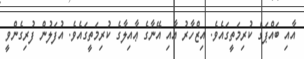
އާއި ބައްޕަގެ ކުރިމަތީގައެވެ. އިޒްހާރު އާއި އޭނާގެ ޢާއިލާގެ ކުރިމަތީގައެވެ. އުފަލުން ފުރިގެންވީ